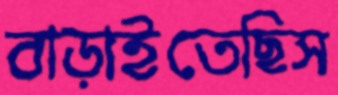
বাড়াইতেছিস